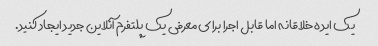
یک ایده خلاقانه اما قابل اجرا برای معرفی یک پلتفرم آنلاین جدید ایجاد کنید.